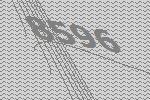
8596